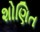
શોણિત